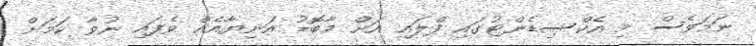
ނަމަވެސް މި އެކްސިޑެންޓުގައި ފްލައި އަށް މާބޮޑު އަނިޔާއެއް ވެފައި ނުވާ ކަމަށް